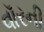
વૉરની